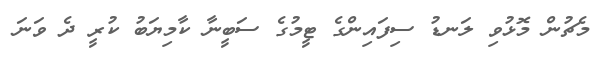
މެޗުން މޮޅުވި ލަނޑު ސިފައިންގެ ޓީމުގެ ސަބީނާ ކާމިޔަބު ކުރީ ދެ ވަނަ